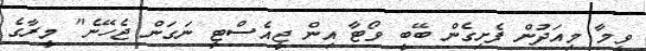
ވީމާ މިއަދުން ފެށިގެން ބޭބީ ވޯޓާ އިން ޖީއެސްޓީ ނަގަން ޖެހޭނެ" މީރާގެ